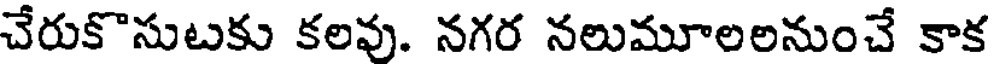
చేరుకొసుటకు కలవు. నగర నలుమూలలనుంచే కాక